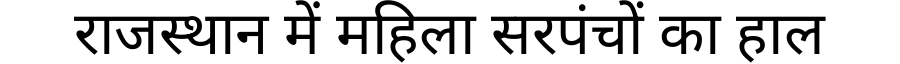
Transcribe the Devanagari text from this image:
राजस्थान में महिला सरपंचों का हाल